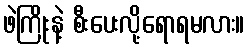
ဖဲကြိုးနဲ့ စီးပေးလို့ရောရမလား။